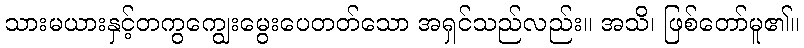
သားမယားနှင့်တကွကျွေးမွေးပေတတ်သော အရှင်သည်လည်း။ အသိ၊ ဖြစ်တော်မူ၏။